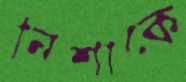
নিশাকে